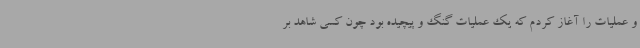
و عملیات را آغاز کردم که یک عملیات گنگ و پیچیده بود چون کسی شاهد بر